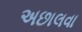
અછાલવા